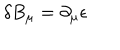
\delta B _ { \mu } = \partial _ { \mu } \epsilon